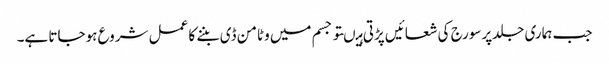
جب ہماری جلدپرسورج کی شعائیں پڑتی ہیںتو جسم میں وٹامن ڈی بننے کا عمل شروع ہوجاتا ہے۔